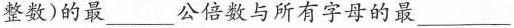
整数)的最___公倍数与所有字母的最___